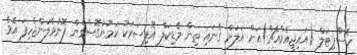
ހޮސްޕިޓަލް (އައިޖީއެމްއެޗް)އަށް އަލަށް ގެނައި ތިން މެޑިކަލް އޮފިސަރަކު ކަމުނުގޮސްގެން ފޮނުވާލަންޖެހިފަ އެވެ.